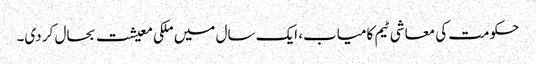
حکومت کی معاشی ٹیم کامیاب، ایک سال میں ملکی معیشت بحال کر دی۔